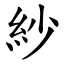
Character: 紗